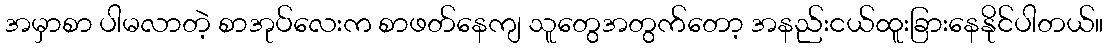
အမှာစာ ပါမလာတဲ့ စာအုပ်လေးက စာဖတ်နေကျ သူတွေအတွက်တော့ အနည်းငယ်ထူးခြားနေနိုင်ပါတယ်။